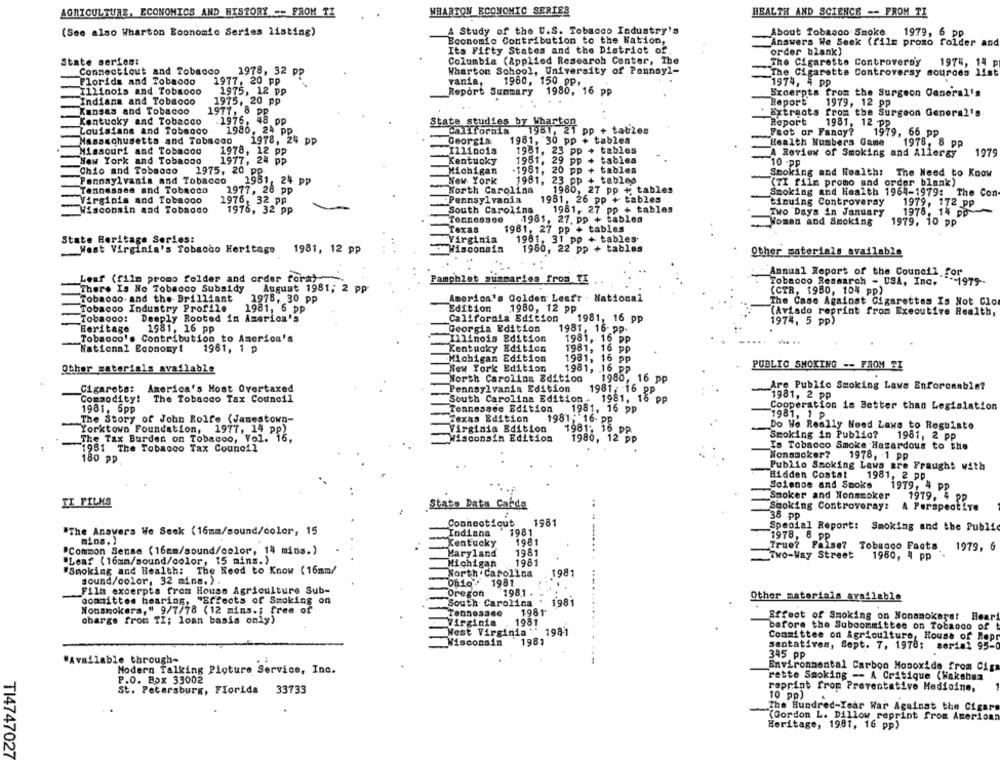
AGRICULTURE, ECONOMICS AND HISZORY -- PRON TI
WHARTON ECONOMIC SERIES
HEALTH AND SCIENCE -- FROM TI
A Study of the U.S. Tobacco Industry's
About Tobacco Smoke
(See also Wharton Boonomie Series listing)
1979, 6 pp
Economie Contribution to the Nation,
Answers We Seek (file promo folder and
Its Fifty States and the District of.
order blank)
State series:
Columbia (Applied Research Center, The
The Cigarette Controversy
1975, 14 p
Connecticut and Tobacco
1978, 32 PP
Wharton School, University of Pennsyl-
The Cigarette Controversy sources list
Florids and Tobaodo
1977, 20 pp
vania,
1960, 150 pp,
1974, 4 pp
Illinois and Tobacco
1975, 12 pp
Report Summary 1980, 16 pp
Broerpts from the Surgeon General's
Report
Indiana and Tobacco
1975, 20 pp
1979, 12 pp
Kansas and Tobacoo
1977, 8 PP
Extracts from the Surgeon General's
Kentucky and Tobacco
1976. 48 pp
State studies by Wharton
Report
1981, 12 PP
Louisiana and Tobacco
1980, 24 pp
California
1961, 21 pp + tables
Fact or Fancy?
1979, 66 pp
Massachusetts and Tobacco
1978, 24 pp
Georgia
1981, 30 pp + tables
Health Numbers Game
1978, 8 PP
Missouri and Tobacco
1978, 12 pp
Illinois
1981, 23 pp
+ tables
A Review of Smoking and Allergy
1979
New York and Tobacco
Kentucky
tables
1977, 24 PP
1981, 29 pp
10 -pp
Chio and Tobacco
1975, 20 PP
Michigan
.1981, 20 pp + tables
Stoking and Health: The Need to Know
Pennsylvania and Tobacco
1981, 24 pp
New York
1981, 23 pp + tables
(TI film promo and order blank)
Tennessee and Tobacco
1977, 28 pp
North Carolina
1980, 27 pp + tables
Smoking and Health 1964-1979: The Con
Virginia and Tobacco
1976, 32 pp
Pennsylvania
1981, 26 pp + tables
tinuing Controversy
1979, 172 pp
Wisconsin and Tobacco
1976, 32 pp
South Carolina
1981, 27 pp + tables
Two Days in January
1978, 14 PD
1981, 27. pp + tables
Texas
1981, 27 pp + tables
Women and Smoking
1979, 10 PP
State Heritage Series:
Virginia
1981, 31 pp + tables
West Virginia's Tobacco Heritage 1981, 12 pp
Wisconsin
1980, 22 pp + tables
Other materials available
Annual Report of the Council for
Leaf (film promo folder and order fora).
Pamphlet summaries from TI
Tobacco Research - USA, Inc.
-- 1979 --
There Is No Tobacco Subsidy
August 1981; 2 pp
Tobaoco. and the Brilliant
(CTR, 1980, 104 pp)
1978, 30 pp
America's Golden Leafr - National
The Case Against Cigarettes Is Not Clo
Tobacco Industry Profile
1981, 6 pp
Edition
1980, 12 pp
(Aviado reprint from Executive Health,
Tobacco:
Deeply Rooted in America's
California Edition
1981, 16 pp
1974, 5 pp)
Georgia Edition
1981, 16- pp.
Heritage
1981, 16 pp
Tobacco's Contribution to America's
Illinois Edition
1981, 16 pp
National Economy!
1961, 1 p
Kentucky Edition
1981, 16 pp
Michigan Edition
1981, 16 pp
PUBLIC SMOKING -- FROM TI
Other materials available
New York Edition
1981, 16 PP
North Carolina Edition
1980, 16 pp
Cigarets: America's Most Overtaxed
Pennsylvania Edition
Are Public Smoking Lavs Enforceable?
1981: 16 pp
1981, 2 PP
Commodity! The Tobacco Tax Council
South Carolina Edition
1981, 16 pp
1981, 6pp
Tennessee Edition
1981, 16 pp
Cooperation is Better than Legislation
The Story of John Rolfe (Jamestown-
Texas Edition
1981 ; 16- PP
1981, 1 p
Do We Really Need Laws to Regulate
Yorktown Foundation, 1977, 14 pp)
Virginia Edition
1981: 16 PP.
Smoking in Public?
The Tax Burden on Tobacco, Vol. 16,
Wisconsin Edition
1980, 12 PP
1961, 2 pp
1981 The Tobacco Tax Council
Is Tobacco Smoke Hazardous to the
Nonsmoker?
1978, 1 pp
180 pp
Public Smoking Laws are Fraught with
Hidden Costal
1981, 2 PP
Science and Smoke
1979, 4 PP
Smoker and Nonsmoker
1979, 4 PP
TI FILMS
Stato Data Carda
Smoking Controversy:
A Perspective
36 pp
Connecticut
1981
"The Anavers We Seek (16mm/sound/color, 15
Indiana
1981
Special Report: Smoking and the Public
1978, 8 PP
mins.)
Kentucky
1981
True?
False?
Tobacco Facts
1979, 6
"Common Sense (16mm/sound/color, 14 mins.)
Maryland
1981
Two-Way Street
1980, 4 pp
"Leaf (16mm/sound/color, 15 mins.)
Michigan
1981
"Smoking and Health: The Need to Know (16mm/
North Carolina
1981
sound/color, 32 mins. ) .
1981
Film excerpts from House Agriculture Sub-
Oregon
1981
committee hearing, "Effects of Smoking on
.
Other materials available
South Carolina
1981
Nonsmokers," 9/7/78 (12 mins .; free of
Tennessee
1981'
Effect of Smoking on Nonsmokers! Hear
charge from TI; loan basis only)
Virginia
1981
West Virginia ''
1981
before the Subcommittee on Tobaoco of t
Committee on Agriculture, House of Repr
Wisconsin
1981
sentatives, Sept. 7, 1978;
serial 95-0
"Available through-
345 pp
Modern Talking Picture Service, Inc.
Environmental Carbon Monoxide from Ciga
rette Smoking -- A Critique (Hakebus
P.O. Box 33002
St. Petersburg, Florida
33733
reprint from Preventative Medicine,
10 pp)
The Hundred-Year War Against the Cigare
(Gordon L. Dillow reprint from American
Heritage, 1981, 16 pp)
TI4747027